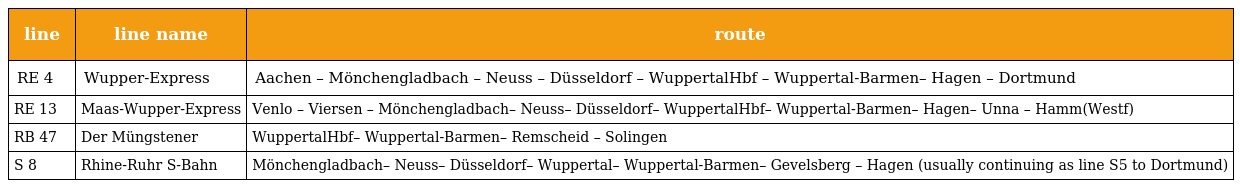
| line | line name | route |
 | --- | --- | --- |
 | RE 4 | Wupper-Express | Aachen – Mönchengladbach – Neuss – Düsseldorf – WuppertalHbf – Wuppertal-Barmen– Hagen – Dortmund |
 | RE 13 | Maas-Wupper-Express | Venlo – Viersen – Mönchengladbach– Neuss– Düsseldorf– WuppertalHbf– Wuppertal-Barmen– Hagen– Unna – Hamm(Westf) |
 | RB 47 | Der Müngstener | WuppertalHbf– Wuppertal-Barmen– Remscheid – Solingen |
 | S 8 | Rhine-Ruhr S-Bahn | Mönchengladbach– Neuss– Düsseldorf– Wuppertal– Wuppertal-Barmen– Gevelsberg – Hagen (usually continuing as line S5 to Dortmund) |